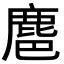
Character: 𪊚